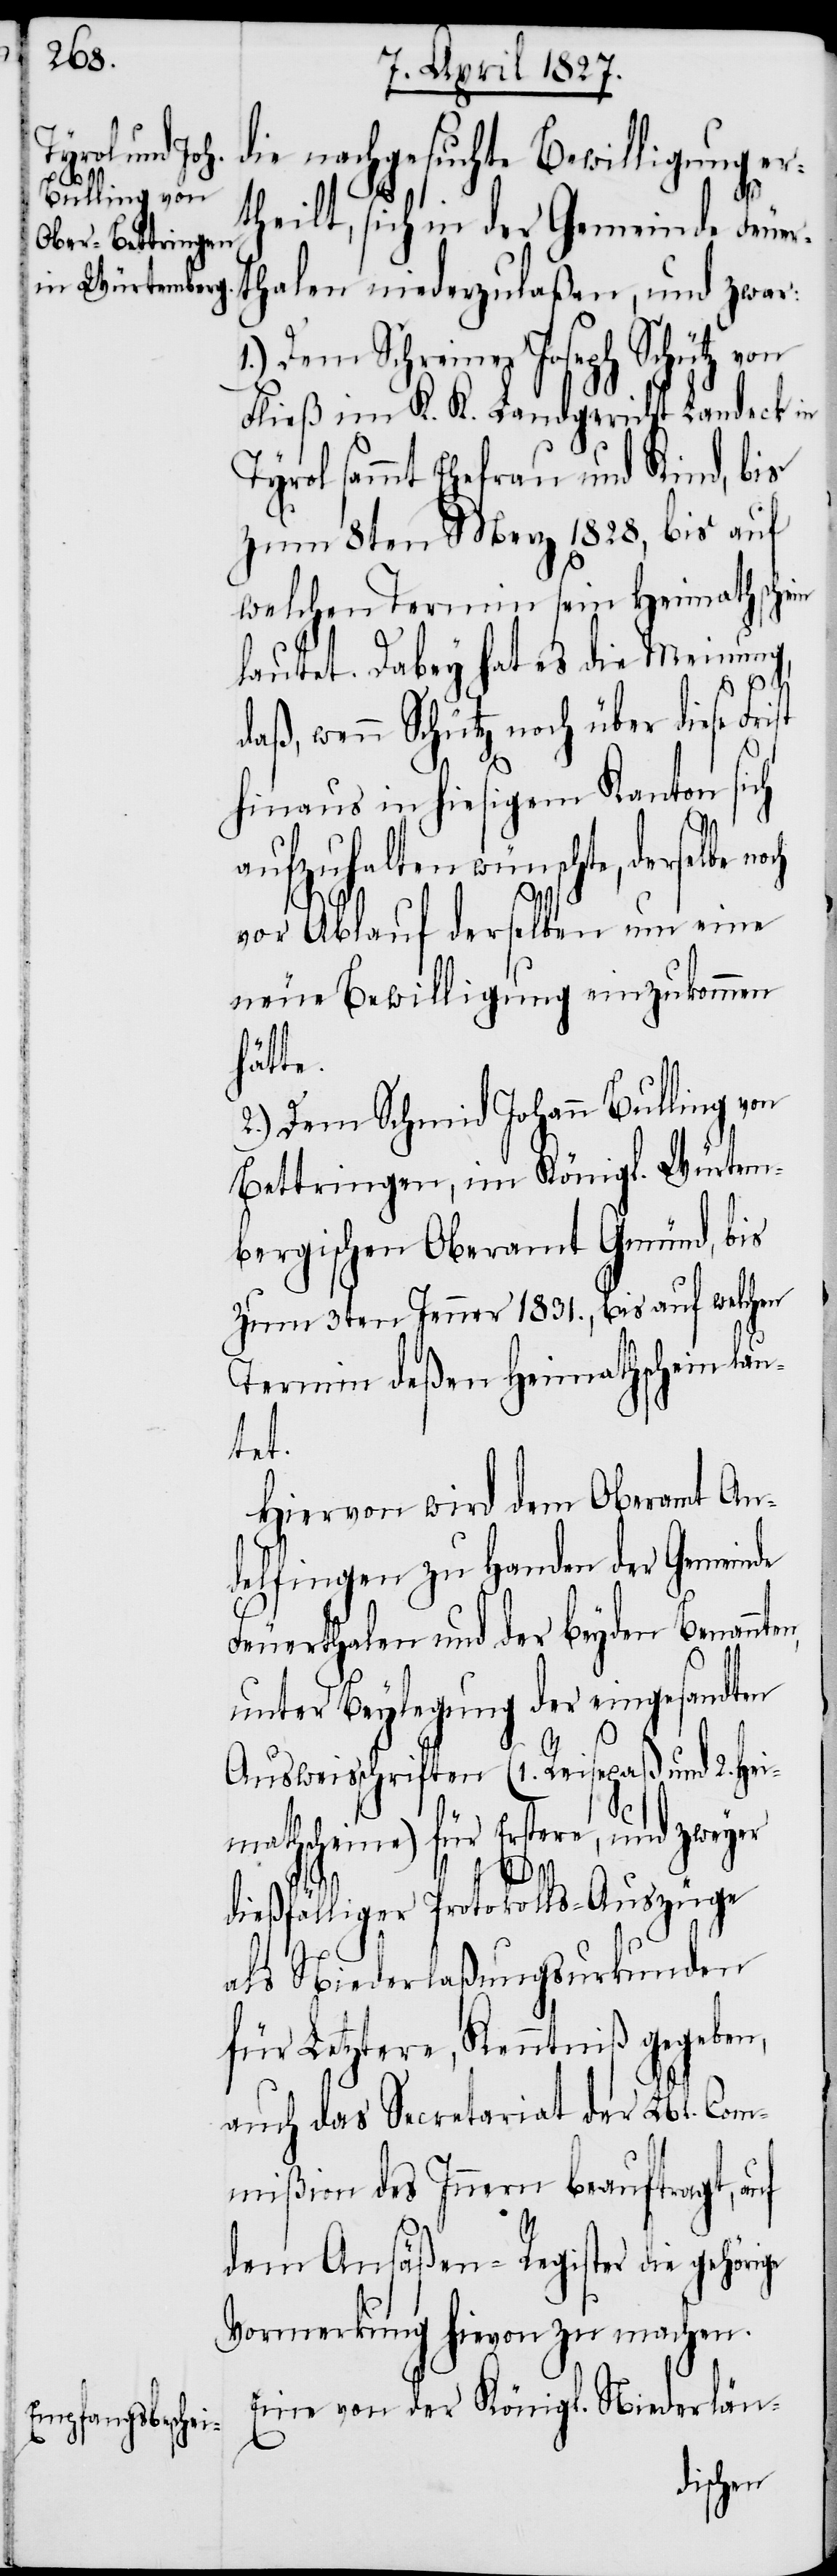
die nachgesuchte Bewilligung er¬
theilt, sich in der Gemeinde Feuer¬
thalen niederzulaßen, und zwar:
Dem Schreiner Joseph Schütz von
Fließ im K. K. Landgericht Landeck in
Tyrol sammt Ehefrau und Kind, bis
zum 8ten Merz 1828, bis auf
welchen Termin sein Heimathschein
lautet. Dabey hat es die Meinung,
daß, wenn Schütz noch über diese Fr¬
hinaus in hiesigem Kanton sich
ge
aufzuhalten wünschte, derselbe noch
ist
vor Ablauf derselben um eine
neue Bewilligung einzukommen
hätte.
2.) Dem Schmid Johann Bulling von
Bettringen, im Königl. Würtem¬
bergischen Oberamt Gmünd, bis
zum 3ten Jenner 1831., bis auf welchen
Termin deßen Heimathschein lau¬
ten,
Hiervon wird dem Oberamt An¬
delfingen zu Handen der Gemeinde
Feuerthalen und der beyden Benann¬
unter Beylegung der eingesandten
Ausweisschriften (1. Reisepaß und 2. Hei¬
mathscheine) für Erstere, und zweyer
dießfälliger Protokolls-Auszüge
als Niederlaßungsurkunden
für Letztere, Kenntniß gegeben,
auch das Secretariat der Lbl. Com¬
mißion des Innern beauftragt, auf
dem Ansäßen-Register die gehöri¬
Vormerkung hievon zu machen.
Eine von der Königl. Niederlän-